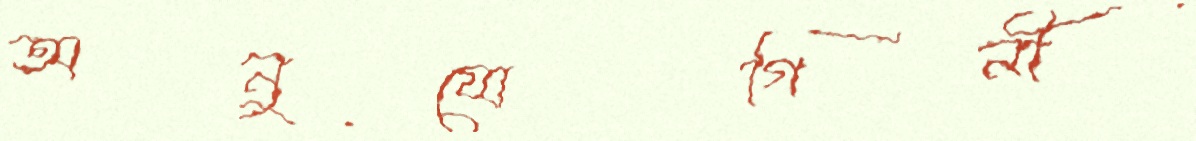
অনুযোগিনী